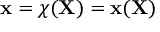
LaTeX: \mathbf { x } = { \boldsymbol { \chi } } ( \mathbf { X } ) = \mathbf { x } ( \mathbf { X } )